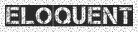
ELOQUENT